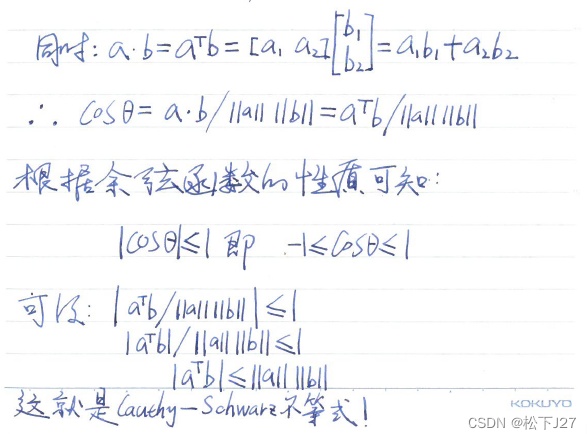
同时：
\[
a\cdot b = a^{\mathrm{T}}b = \begin{bmatrix}a_1 & a_2\end{bmatrix}\begin{bmatrix}b_1\\b_2\end{bmatrix}=a_1b_1 + a_2b_2
\]
\(\therefore \cos\theta = a\cdot b / \lVert a\rVert\lVert b\rVert = a^{\mathrm{T}}b / \lVert a\rVert\lVert b\rVert\)
根据余弦函数的性质可知：
\[
\lvert\cos\theta\rvert\leq 1 \text{ 即 } -1\leq\cos\theta\leq 1
\]
可以得到：
\[
\left|\frac{a^{\mathrm{T}}b}{\lVert a\rVert\lVert b\rVert}\right|\leq 1
\]
\[
\frac{\lvert a^{\mathrm{T}}b\rvert}{\lVert a\rVert\lVert b\rVert}\leq 1
\]
\[
\lvert a^{\mathrm{T}}b\rvert\leq\lVert a\rVert\lVert b\rVert
\]
这就是Cauchy - Schwarz不等式！CSDN@松下J27